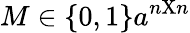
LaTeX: M\in\{ 0,1\} a^{n\mathrm{X}n}